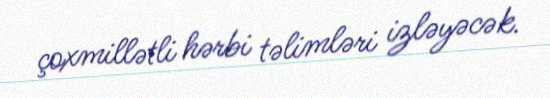
çoxmillətli hərbi təlimləri izləyəcək.